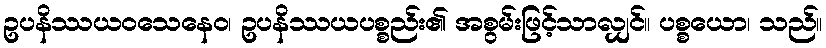
ဥပနိဿယဝသေနေဝ၊ ဥပနိဿယပစ္စည်း၏ အစွမ်းဖြင့်သာလျှင်။ ပစ္စယော၊ သည်။